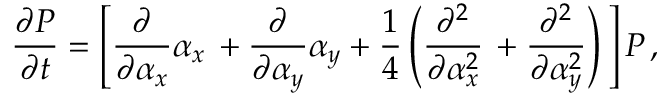
\frac { \partial P } { \partial t } = \left[ \frac { \partial } { \partial \alpha _ { x } } \alpha _ { x } \, + \frac { \partial } { \partial \alpha _ { y } } \alpha _ { y } + \frac { 1 } { 4 } \left( \frac { \partial ^ { 2 } } { \partial \alpha _ { x } ^ { 2 } } \, + \frac { \partial ^ { 2 } } { \partial \alpha _ { y } ^ { 2 } } \right) \, \right] P \, ,